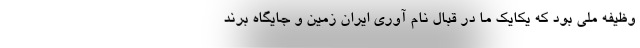
وظیفه ملی بود که یکایک ما در قبال نام آوری ایران زمین و جایگاه برند